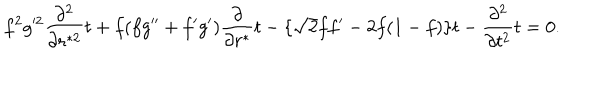
f ^ { 2 } g ^ { 2 } { \frac { \partial ^ { 2 } } { \partial r ^ { * 2 } } } t + f ( f g ^ { \prime \prime } + f ^ { \prime } g ^ { \prime } ) { \frac { \partial } { \partial r ^ { * } } } t - \{ \sqrt 2 f f ^ { \prime } - 2 f ( 1 - f ) \} t - { \frac { \partial ^ { 2 } } { \partial t ^ { 2 } } } t = 0 .